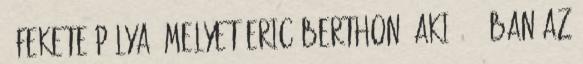
" fekete pálya, melyet Eric Berthon, aki 1986-ban az